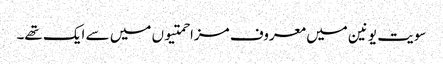
سویت یونین میں معروف مزاحمتیوں میں سے ایک تھے۔